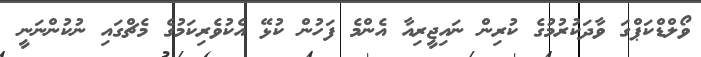
ވޯލްޑްކަޕްގަ ވާދަކުރުމުގެ ކުރިން ނައިޖީރިއާ އެންމެ ފަހުން ކުޅޭ އެކުވެރިކަމުގެ މެޗްގައި ނުކުންނަނީ